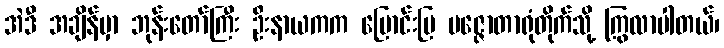
အဲဒီ အချိန်မှာ ဘုန်းတော်ကြီး ဦးနာယကက မြောင်းမြ ပဇ္ဇောတာရုံတိုက်သို့ ကြွလာပါတယ်၊